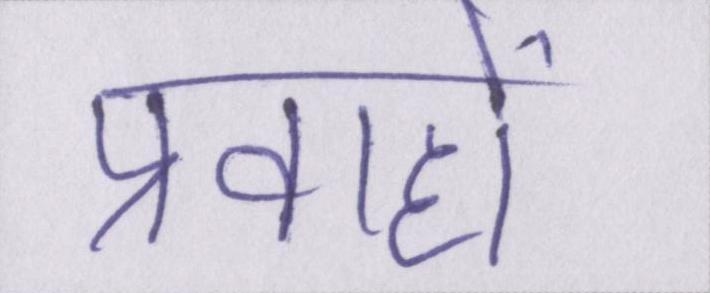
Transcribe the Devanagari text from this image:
प्रवाहों